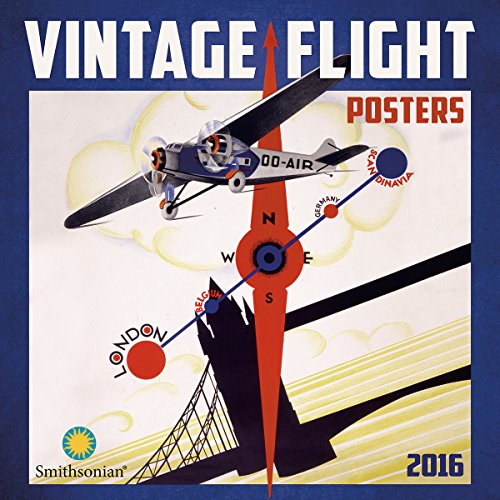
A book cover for Vintage Flight Posters 2016 Wall Calendar; Smithsonian Institution; Crafts, Hobbies & Home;